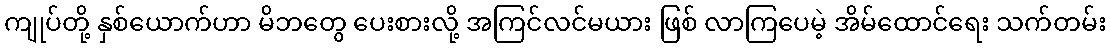
ကျုပ်တို့ နှစ်ယောက်ဟာ မိဘတွေ ပေးစားလို့ အကြင်လင်မယား ဖြစ် လာကြပေမဲ့ အိမ်ထောင်ရေး သက်တမ်း